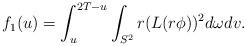
LaTeX: \begin{align*}f_1 (u) = \int_u^{2 T - u} \int_{S^2} r (L(r \phi))^2 d \omega d v.\end{align*}